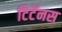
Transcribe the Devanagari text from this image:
टिटॅनस